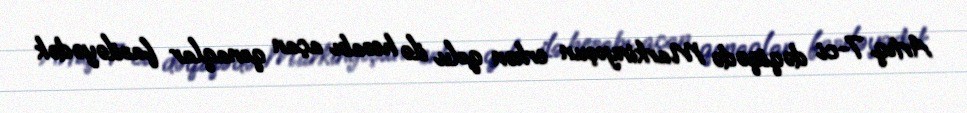
Artıq 7-ci dəqiqədə Markinyoşun erkən qolu ilə hesabı açan qonaqlar fasiləyədək